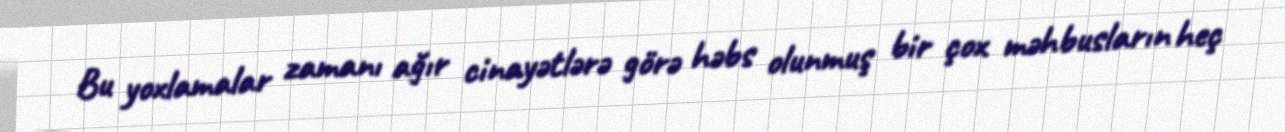
Bu yoxlamalar zamanı ağır cinayətlərə görə həbs olunmuş bir çox məhbusların heç